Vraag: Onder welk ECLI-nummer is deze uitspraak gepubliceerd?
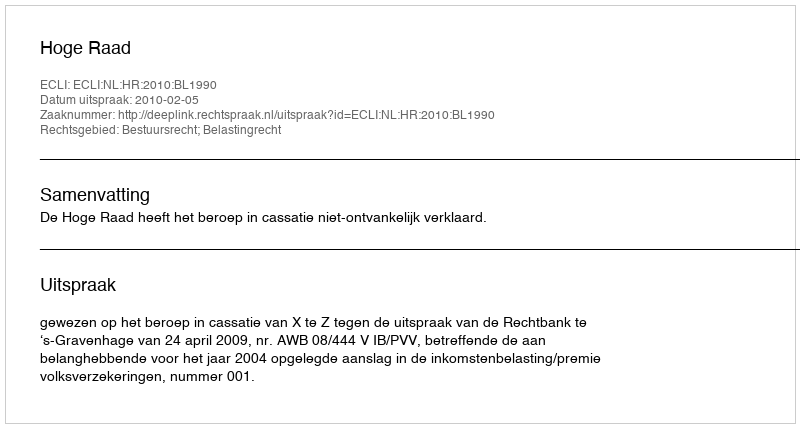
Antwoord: ECLI:NL:HR:2010:BL1990